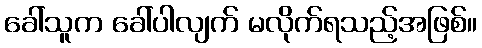
ခေါ်သူက ခေါ်ပါလျက် မလိုက်ရသည့်အဖြစ်။